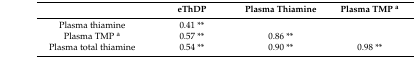
<table><thead><tr><td></td><td><b>eThDP</b></td><td><b>Plasma Thiamine</b></td><td><b>Plasma TMP <sup>a</sup></b></td></tr></thead><tbody><tr><td>Plasma thiamine</td><td>0.41 **</td><td></td><td></td></tr><tr><td>Plasma TMP <sup>a</sup></td><td>0.57 **</td><td>0.86 **</td><td></td></tr><tr><td>Plasma total thiamine</td><td>0.54 **</td><td>0.90 **</td><td>0.98 **</td></tr></tbody></table>